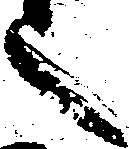
之